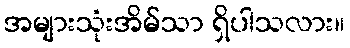
အများသုံးအိမ်သာ ရှိပါသလား။